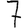
Digit: 7